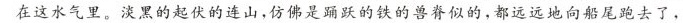
在这水气里。淡黑的起伏的连山，仿佛是踊跃的铁的兽脊似的，都远远地向船尾跑去了，